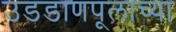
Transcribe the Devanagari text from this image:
उडडाणपूलाच्या